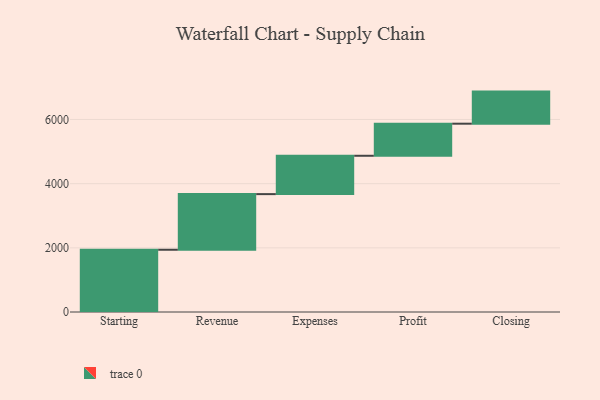
{"axis": {"x": "Step", "y": "Value"}, "legend": [""], "data": [{"x": "Starting", "y": 1940.0, "type": ""}, {"x": "Revenue", "y": 1734.0, "type": ""}, {"x": "Expenses", "y": 1195.0, "type": ""}, {"x": "Profit", "y": 1000, "type": ""}, {"x": "Closing", "y": 1000, "type": ""}]}